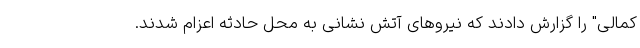
کمالی" را گزارش دادند که نیروهای آتش نشانی به محل حادثه اعزام شدند.